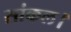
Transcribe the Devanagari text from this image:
सांकल।